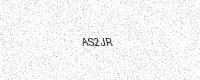
Text: AS2JR